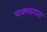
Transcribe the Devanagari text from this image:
यक्शागना